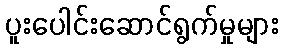
ပူးပေါင်းဆောင်ရွက်မှုများ